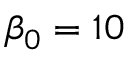
\beta _ { 0 } = 1 0